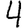
Digit: 4